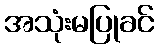
အသုံးမပြုခင်